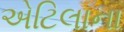
એટિલાના